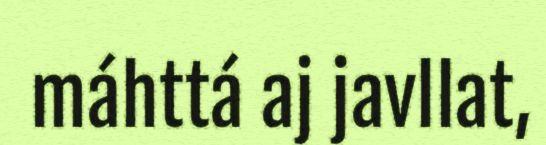
máhttá aj javllat,